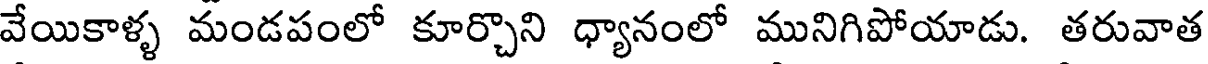
వేయికాళ్ళ మండపంలో కూర్చొని ధ్యానంలో మునిగిపోయాడు. తరువాత